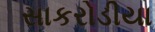
સાકરોડીયા